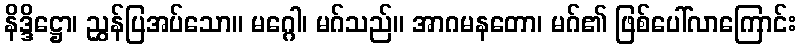
နိဒ္ဒိဋ္ဌော၊ ညွှန်ပြအပ်သော။ မဂ္ဂေါ၊ မဂ်သည်။ အာဂမနတော၊ မဂ်၏ ဖြစ်ပေါ်လာကြောင်း